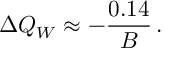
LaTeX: \Delta Q _ { W } \approx - { \frac { 0 . 1 4 } { B } } \, .